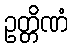
ဥတ္တိဏံ